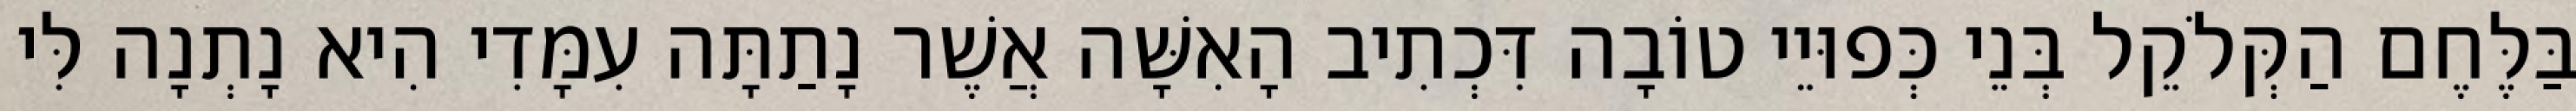
בַּלֶּחֶם הַקְּלֹקֵל בְּנֵי כְּפוּיֵי טוֹבָה דִּכְתִיב הָאִשָּׁה אֲשֶׁר נָתַתָּה עִמָּדִי הִיא נָתְנָה לִּי